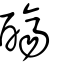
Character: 𨢩